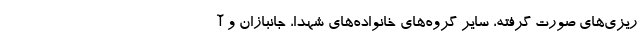
ریزی‌های صورت گرفته، سایر گروه‌های خانواده‌های شهدا، جانبازان و آ